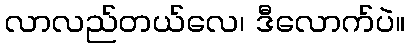
လာလည်တယ်လေ၊ ဒီလောက်ပဲ။